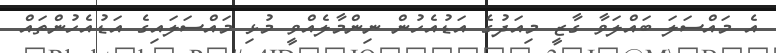
އެ މައްސަލަ ބައްލަވާ ގާޒީ މިއަދުގެ އަޑުއެހުން ނިންމާލެއްވީ މުޅި މައްސަލައިގެ އަޑުއެހުންތައް